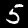
Label: 5